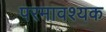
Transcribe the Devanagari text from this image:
परमावश्‍यक